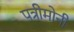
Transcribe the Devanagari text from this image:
पत्रीमोनी